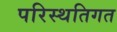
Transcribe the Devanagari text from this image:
परिस्थतिगत